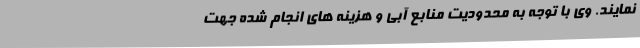
نمایند. وی با توجه به محدودیت منابع آبی و هزینه های انجام شده جهت